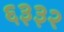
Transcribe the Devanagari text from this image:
६३३२